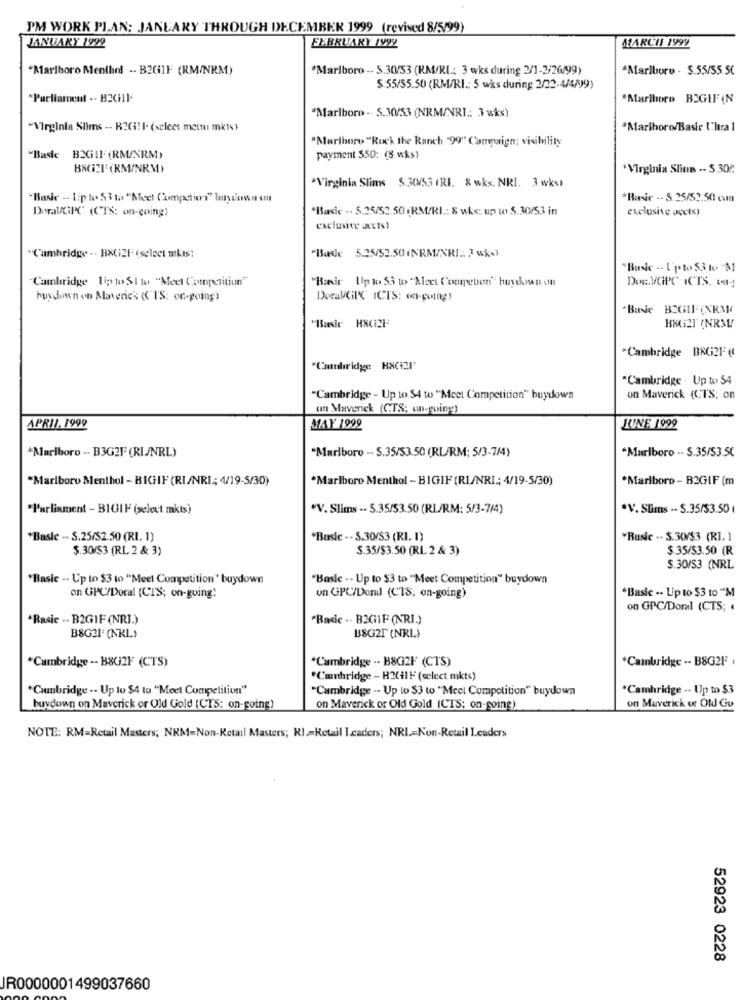
PM WORK PLAN: JANUARY THROUGH DECEMBER 1999 (revised 8/5/99)
JANUARY 1999
FEBRUARY 199y
MARCH 1999
*Marlboro Menthol .- B2GIF (RM/NRM)
*Marlboro -- S.30/53 (KM/RI .: 3 wks during 2/1-2/26/99)
*Marlboro - S.55/55.5C
$.55/55.50 (RM/RI .: 5 wks during 2/22-4/4/99)
"Parliament .- B2CHIN-
"Marlboro BIGIF (N
"Marlboro -- S.30/53 (NRM/NRI .: 3 wks)
"Virginia Slims -- R2(ill. (select metm mkte)
*Marlboro/Basic ['ltra ]
"Marlboro "Ruck the Ranch "99" Campaign; visibility
"Baste B2GIF (RM/NRM>
payment 550: (8 wks)
*Virginia Slim -- S.30?
"Virginia Slims 5 30/53 (RI. & wks. NRI. 3 wks)
"Basic -- Lip to 53 to "Meel Competiori" buycowa oll
*Rwsir -- 5.25/52.50 cm
DoraVGPC (CTS: on-going)
"Basic .. 5.25/52.50 (RM/RI .: & wks: up to $.30/53 in
exclusive accts)
exclusive acts)
"Busje 5.25/52.50 (NRM/NRI .: 3 wks)
"Cambridge -- BXGi21" (select mkes:
"Basic -- Upto $3 to -M
Cambridge lip to SI tu "Meel Compatitiun"
"Basir Up to 53 to "Meet Congeben" buyehsan sit
Do.VCIPC ICTS. 6-
hus down on Maverick (TS: on-going)
DoralGIK (CTS: on-going!
*Basic BEGIF (XRX
HAG2T (NRML
"Cambridge BRG2F (C
"Cambridge RX(21'
"Cambridge . Up to $4
"Cambridge - Up to 54 to "Meet Competition" buydown
on Maverick (CTS; on
un Maverick (CTS: on-goingg)
APRIL, 1999
MAY 1999
JUNE 1999
*Marlboro -- B3GEF (RI/NRL)
"Marlboro -- S.35/53.50 (RL/RM; 5/3-7/4)
*Marlboro -- $.35/53.5C
*Marlboro Menthol - BIGIF (RI/NRI; 4/19-5/30)
*Marlboro Menthol - BIGIF (RL/NRI; 4/19-5/30)
*Marlboro - B2GIF (m
"l'arliament - B1U11 (select mkts)
"V. Slims .. 5.35/53.50 (RL/RM: 5/3-7/4)
*V. Slims .- S.35/$3.50
*Basic -- S.25/52.50 (RL. 1)
"Busic -- 3.30/83 (RI. 1)
"Busic -- $.30/$3 (RI. 1
$.30/53 (RL 2 & 3)
S.35/$3.50 (RL 2 & 3)
$.35/53.50 (R
$.30/53 (NRL
*Basic -- Up to $3 to "Meel Competition" buydown
"Basic -- Up to $3 to "Meet Competition" buydown
*Basic -- Up to $3 to "M
on GPC/Doral [CTS; on-going:
on GPC/Dondl (CTS, on-going)
on GPC/Doral (CTS; .
.Rasic .- B2GIF (NRI.)
"Basic .. B2GIF (NRI.)
B8G21 (NRL)
B8G2F (NRL)
*Cambridge -- B8G2F (CTS)
*Cambridge .- B8G2F (CTS)
*Cambridge -- B8G2F .
"Cambridge - B2(+1F (select mkts)
"Counbridge -- Up to $4 to "Meet Competition"
"Cambridge -- Up to $3 to "Mccl Competition" buydown
*Cambridge -- Up to $3
buydown on Maverick or Old Gold (CTS; on-going)
on Maverick or Old Gold (CTS; on-going)
on Maverick or Old Gu
NOTE: RM=Retail Masters; NRM=Non-Retail Masters; KI .= Retail Leaders; NRI=Non-Retail Leaders
52923 0228
JR0000001499037660